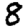
Digit: 8